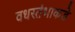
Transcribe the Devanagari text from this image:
वधस्तंभाकडे